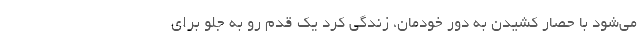
می‌شود با حصار کشیدن به دور خودمان، زندگی کرد یک قدم رو به جلو برای